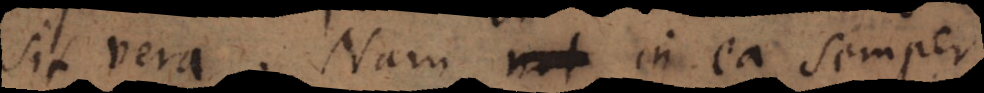
sit vera. Nam in ea semper